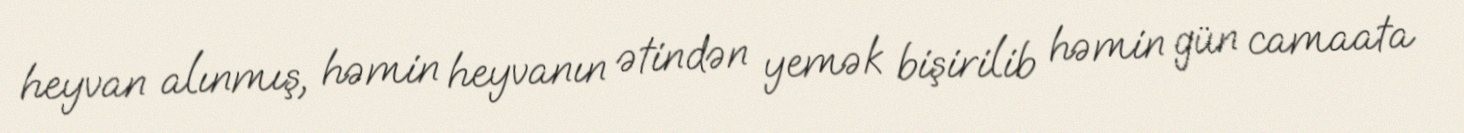
heyvan alınmış, həmin heyvanın ətindən yemək bişirilib həmin gün camaata